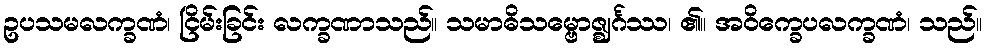
ဥပသမလက္ခဏံ၊ ငြိမ်းခြင်း လက္ခဏာသည်။ သမာဓိသမ္ဗောဇ္ဈင်္ဂဿ၊ ၏။ အဝိက္ခေပလက္ခဏံ၊ သည်။